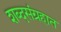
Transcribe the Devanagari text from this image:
शब्दसंग्रहात